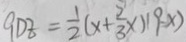
9 D E = \frac { 1 } { 2 } ( x + \frac { 2 } { 3 } x ) ( 9 - x )